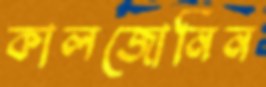
কালজোনিন